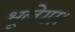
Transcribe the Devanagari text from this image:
भूलेगा।